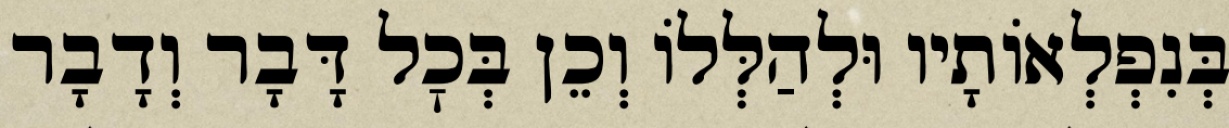
בְּנִפְלְאוֹתָיו וּלְהַלְּלוֹ וְכֵן בְּכׇל דָּבָר וְדָבָר